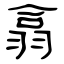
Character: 翕